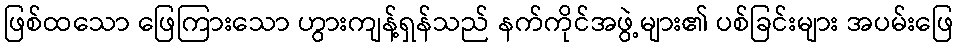
ဖြစ်ထသော ဖြေကြားသော ဟွားကျန့်ရှန်သည် နက်ကိုင်အဖွဲ့များ၏ ပစ်ခြင်းများ အပမ်းဖြေ